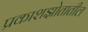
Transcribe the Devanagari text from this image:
प्रकाशझोतातील